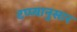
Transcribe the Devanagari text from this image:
टप्प्यानुसार